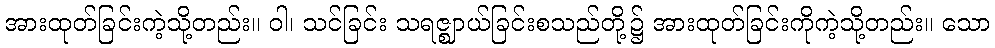
အားထုတ်ခြင်းကဲ့သို့တည်း။ ဝါ၊ သင်ခြင်း သရဇ္ဈာယ်ခြင်းစသည်တို့၌ အားထုတ်ခြင်းကိုကဲ့သို့တည်း။ သော